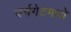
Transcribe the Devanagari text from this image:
चर्चगेटमध्ये